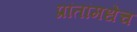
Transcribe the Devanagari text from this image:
प्रांतांमधेच